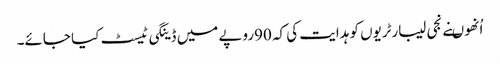
اُنھوںنے نجی لیبارٹریوں کو ہدایت کی کہ 90روپے میں ڈینگی ٹیسٹ کیا جائے۔